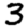
Digit: 3